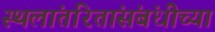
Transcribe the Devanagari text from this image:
स्थलांतरितांसंबंधीच्या